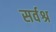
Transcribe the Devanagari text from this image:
सर्वश्र